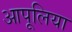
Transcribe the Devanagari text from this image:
आपूलिया